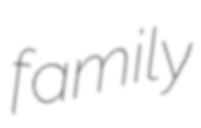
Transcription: family